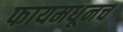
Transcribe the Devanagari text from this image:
फायमधूनच